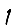
Digit: 1